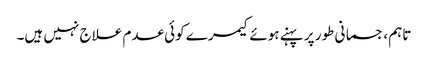
تاہم ، جسمانی طور پر پہنے ہوئے کیمرے کوئی عدم علاج نہیں ہیں۔